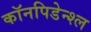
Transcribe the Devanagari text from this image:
कॉनपिडेन्श्ल